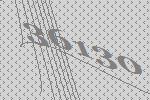
36130